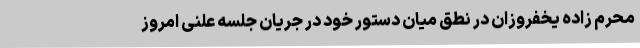
محرم زاده یخفروزان در نطق میان دستور خود در جریان جلسه علنی امروز